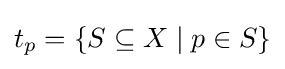
t_{p}=\{S\subseteq X\mid p\in S\}